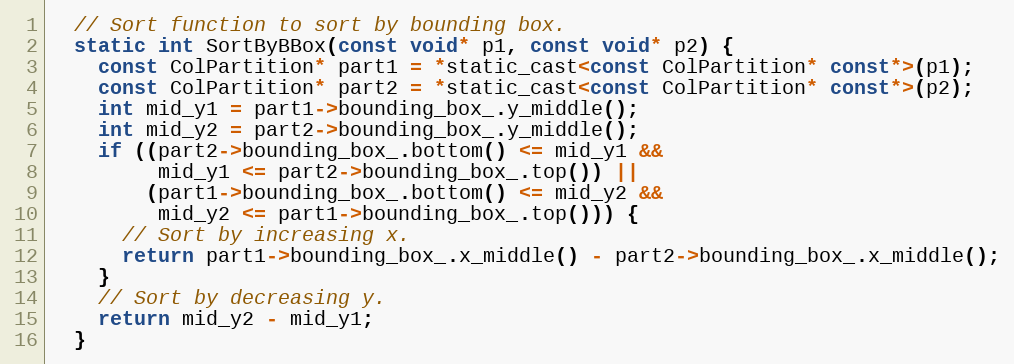
Language: C
  // Sort function to sort by bounding box.
  static int SortByBBox(const void* p1, const void* p2) {
    const ColPartition* part1 = *static_cast<const ColPartition* const*>(p1);
    const ColPartition* part2 = *static_cast<const ColPartition* const*>(p2);
    int mid_y1 = part1->bounding_box_.y_middle();
    int mid_y2 = part2->bounding_box_.y_middle();
    if ((part2->bounding_box_.bottom() <= mid_y1 &&
         mid_y1 <= part2->bounding_box_.top()) ||
        (part1->bounding_box_.bottom() <= mid_y2 &&
         mid_y2 <= part1->bounding_box_.top())) {
      // Sort by increasing x.
      return part1->bounding_box_.x_middle() - part2->bounding_box_.x_middle();
    }
    // Sort by decreasing y.
    return mid_y2 - mid_y1;
  }